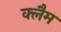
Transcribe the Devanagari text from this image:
क्लैम